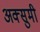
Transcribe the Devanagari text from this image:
अक्सुमी